Preliminary report of a malaria survey of Calcutta and environs
Disease focus: Malaria
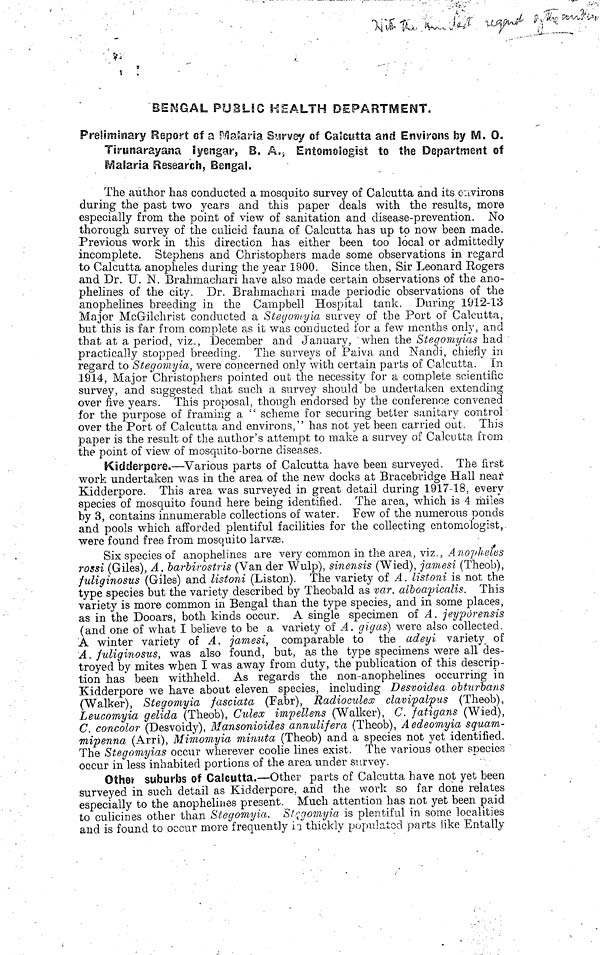
BENGAL PUBLIC HEALTH DEPARTMENT.
Preliminary Report of a Malaria Survey of Calcutta and Environs by M. 0.
Tirunarayana Iyengar, B. A., Entomologist to the Department of
Malaria Research, Bengal.
The author has conducted a mosquito survey of Calcutta and its environs
during the past two years and this paper deals with the results, more
especially from the point of view of sanitation and disease-prevention. No
thorough survey of the culicid fauna of Calcutta has up to now been made.
Previous work in this direction has either been too local or admittedly
incomplete. Stephens and Christophers made some observations in regard
to Calcutta anopheles during the year 1900. Since then, Sir Leonard Rogers
and Dr. U. N. Brahmachari have also made certain observations of the ano-
phelines of the city. Dr. Brahmachari made periodic observations of the
anophelines breeding in the Campbell Hospital tank. During 1912-13
Major McGilchrist conducted a Stegomyia survey of the Port of Calcutta,
but this is far from complete as it was conducted for a few months only, and
that at a period, viz., December and January, when the Stegomyias had
practically stopped breeding. The surveys of Paiva and Nandi, chiefly in
regard to Stegomyia, were concerned only with certain parts of Calcutta. In
1914, Major Christophers pointed out the necessity for a complete scientific
survey, and suggested that such a survey should be undertaken extending
over five years. This proposal, though endorsed by the conference convened
for the purpose of framing a " scheme for securing better sanitary control
over the Port of Calcutta and environs," has not yet been carried out. This
paper is the result of the author's attempt to make a survey of Calcutta from
the point of view of mosquito-borne diseases.
Kidderpore.—Various parts of Calcutta have been surveyed. The first
work undertaken was in the area of the new docks at Bracebridge Hall near
Kidderpore. This area was surveyed in great detail during 1917-18, every
species of mosquito found here being identified. The area, which is 4 miles
by 3, contains innumerable collections of water. Few of the numerous ponds
and pools which afforded plentiful facilities for the collecting entomologist,
were found free from mosquito larvae.
Six species of anophelines are very common in the area, viz., Anopheles
rossi (Giles), A. barbirostris (Van der Wulp), sinensis (Wied), jamesi (Theob),
fuliginosus (Giles) and listoni (Liston). The variety of A. listoni is not the
type species but the variety described by Theobald as var. alboapicalis. This
variety is more common in Bengal than the type species, and in some places,
as in the Dooars, both kinds occur. A single specimen of A. jeyporensis
(and one of what I believe to be a variety of A. gigas) were also collected.
A winter variety of A. jamesi, comparable to the adeyi variety of
A. fuliginosus, was also found, but, as the type specimens were all des-
troyed by mites when I was away from duty, the publication of this descrip-
tion has' been withheld. As regards the non-anophelines occurring in
Kidderpore we have about eleven species, including Desvoidea obturbans
(Walker), Stegomyia fasciata (Fabr), Radioculex clavipalpus (Theob),
Leucomyia gelida (Theob), Culex impellens (Walker), C. fatigans (Wied),
C. concolor (Desvoidy), Mansonioides annulifera (Theob), Aedeomyia squam-
mipenna (Arri), Mimomyia minuta (Theob) and a species not yet identified.
The Stegomyias occur wherever coolie lines exist. The various other species
occur in less inhabited portions of the area under survey.
Other suburbs of Calcutta.—Other parts of Calcutta have not yet been
surveyed in such detail as Kidderpore. and the work so far done relates
especially to the anophelines present. Much attention has not yet been paid
to culicines other than Stegomyia. Stegomyia is plentiful in some localities
and is found to occur more frequently in thickly populated parts like Entally